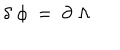
LaTeX: \delta \; \phi \ = \ \partial \; \Lambda